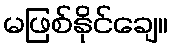
မဖြစ်နိုင်ချေ။